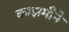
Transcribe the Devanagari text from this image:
काझमीने